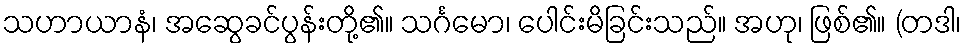
သဟာယာနံ၊ အဆွေခင်ပွန်းတို့၏။ သင်္ဂမော၊ ပေါင်းမိခြင်းသည်။ အဟု၊ ဖြစ်၏။ (တဒါ၊